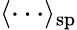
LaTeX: \langle\cdots\rangle_{\mathrm{sp}}